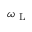
\omega _ { \mathrm { ~ L ~ } }